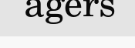
agers